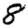
Digit: 8